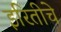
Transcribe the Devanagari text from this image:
इरितीचे